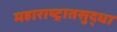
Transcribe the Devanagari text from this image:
महाराष्ट्रातसुद्धा